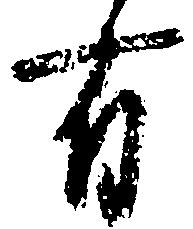
有